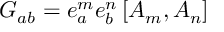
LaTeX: G _ { a b } = e _ { a } ^ { m } e _ { b } ^ { n } \left[ A _ { m } , A _ { n } \right]